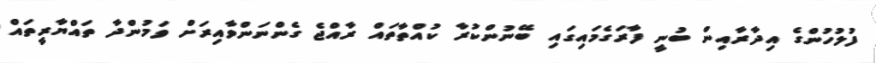
ފުލުހުންގެ އިދާރާއިން ބުނީ ފާރަގެމައިގައި ބޭނުންކުރާ ކުއްތާތައް ރާއްޖެ ގެންނަންވާއިރަށް ވަމުންދާ ތައްޔާރީތައް